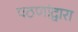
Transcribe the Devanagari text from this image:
पठणांद्वारा